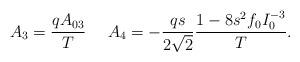
LaTeX: \begin{align*}A_3={qA_{03}\over T}\ \ \ \ A_4=-{qs\over 2\sqrt2}{1-8s^2f_0I_0^{-3}\over T}.\end{align*}